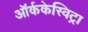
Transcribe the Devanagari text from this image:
ऑर्ककेस्विट्रा